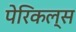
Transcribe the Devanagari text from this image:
पेरिकल्स